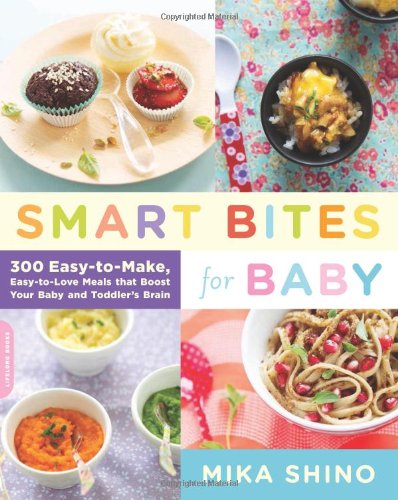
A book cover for Smart Bites for Baby: 300 Easy-to-Make, Easy-to-Love Meals that Boost Your Baby and Toddler's Brain; Mika Shino; Cookbooks, Food & Wine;